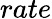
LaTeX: rate